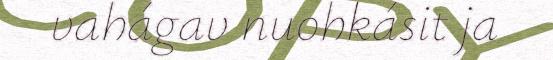
vahágav nuohkásit ja